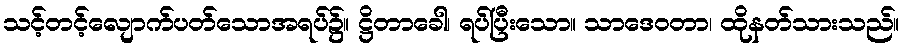
သင့်တင့်လျောက်ပတ်သောအရပ်၌။ ဋ္ဌိတာခေါ၊ ရပ်ပြီးသော။ သာဒေဝတာ၊ ထိုနတ်သားသည်။